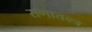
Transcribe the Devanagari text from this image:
राणातन्त्र